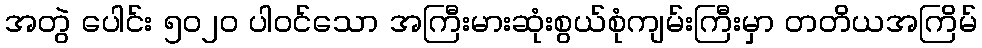
အတွဲ ပေါင်း ၅၀၂၀ ပါဝင်သော အကြီးမားဆုံးစွယ်စုံကျမ်းကြီးမှာ တတိယအကြိမ်